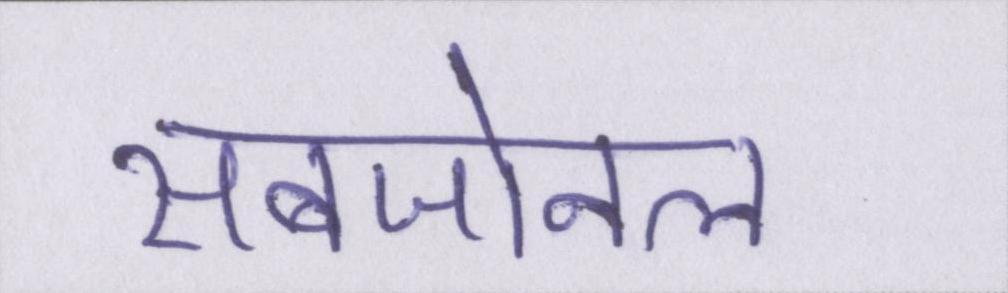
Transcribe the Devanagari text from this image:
सबजोनल